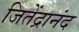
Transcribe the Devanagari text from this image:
जितेंद्रानंद